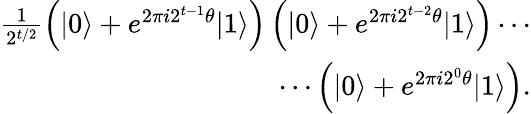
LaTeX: \begin{array}{r}{\frac{1}{2^{t/2}}\left(|0\rangle+e^{2\pi i2^{t-1}\theta}|1\rangle\right)\left(|0\rangle+e^{2\pi i2^{t-2}\theta}|1\rangle\right)\cdots}\\ {\cdots\left(|0\rangle+e^{2\pi i2^{0}\theta}|1\rangle\right).}\end{array}